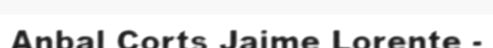
Anbal Corts Jaime Lorente -